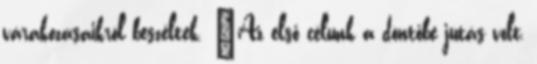
várakozásaikról beszéltek. “Az első célunk a döntőbe jutás volt,